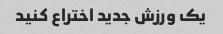
یک ورزش جدید اختراع کنید